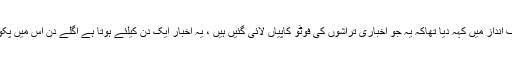
عدلیہ نے واشگاف انداز میں کہہ دیا تھاکہ یہ جو اخباری تراشوں کی فوٹو کاپیاں لائی گئیں ہیں ، یہ اخبار ایک دن کیلئے ہوتا ہے اگلے دن اس میں پکوڑے بکتے ہیں ۔